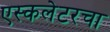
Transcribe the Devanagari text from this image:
एस्कलेटरचा